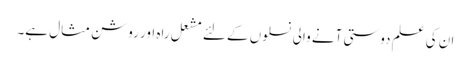
ان کی علم دوستی آنے والی نسلوں کے لئے مشعل راہ اور روشن مثال ہے۔